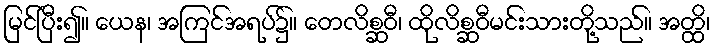
မြင်ပြီး၍။ ယေန၊ အကြင်အရပ်၌။ တေလိစ္ဆဝီ၊ ထိုလိစ္ဆဝီမင်းသားတို့သည်။ အတ္ထိ၊